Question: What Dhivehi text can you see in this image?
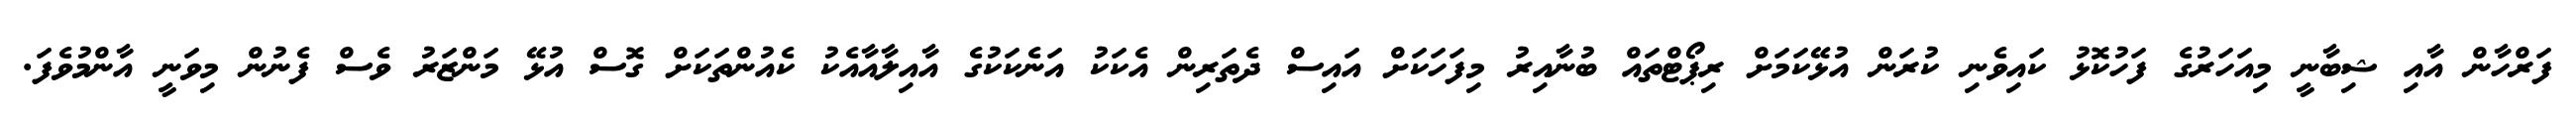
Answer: ފަރްހާން އާއި ޝިބާނީ މިއަހަރުގެ ފަހުކޮޅު ކައިވެނި ކުރަން އުޅޭކަމަށް ރިޕޯޓްތައް ބުނާއިރު މިފަހަކަށް އައިސް ދެތަރިން އެކަކު އަނެކަކުގެ އާއިލާއާއެކު ކެއުންތަކަށް ގޮސް އުޅޭ މަންޒަރު ވެސް ފެނުން މިވަނީ އާންމުވެފަ.